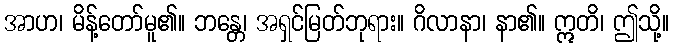
အာဟ၊ မိန့်တော်မူ၏။ ဘန္တေ၊ အရှင်မြတ်ဘုရား။ ဂိလာနာ၊ နာ၏။ ဣတိ၊ ဤသို့။